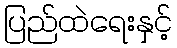
ပြည်ထဲရေးနှင့်